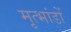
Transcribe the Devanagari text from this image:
मृत्भांडों